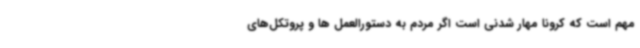
مهم است که کرونا مهار شدنی است اگر مردم به دستورالعمل ها و پروتکل‌های